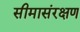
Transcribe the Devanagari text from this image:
सीमासंरक्षण